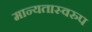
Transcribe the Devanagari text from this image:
मान्यतास्वरुप